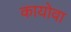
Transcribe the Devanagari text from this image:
कायोवा